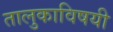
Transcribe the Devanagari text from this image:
तालुकाविषयी